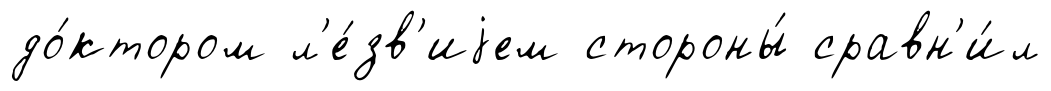
до́ктором л'е́зв'иjем стороны́ сравн'и́л